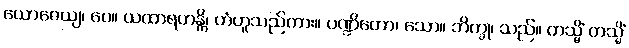
ယောဇေယျ၊ ပေ။ ယထာရဟန္တိ၊ ဟံဟူသည်ကား။ ပဏ္ဍိတော၊ သော။ ဘိက္ခု၊ သည်။ တသ္မိံ တသ္မိံ